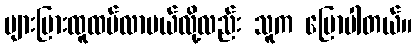
များပြားထူထပ်လာမယ်လို့လည်း သူက ပြောပါတယ်။